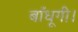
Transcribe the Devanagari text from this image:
बाँधूगी।